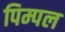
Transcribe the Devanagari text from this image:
पिम्पल